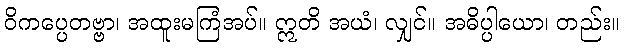
ဝိကပ္ပေတဗ္ဗာ၊ အထူးမကြံအပ်။ ဣတိ အယံ၊ လျှင်။ အဓိပ္ပါယော၊ တည်း။